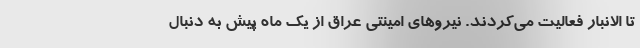
تا الانبار فعالیت می‌کردند. نیروهای امینتی عراق از یک ماه پیش به دنبال